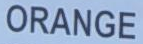
ORANGE